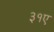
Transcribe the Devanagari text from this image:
३१ए